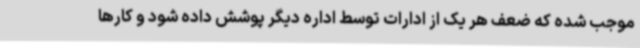
موجب شده که ضعف هر یک از ادارات توسط اداره دیگر پوشش داده شود و کارها